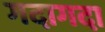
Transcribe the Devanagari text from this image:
गदागदा